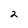
Character: 2